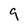
Character: 9